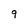
Character: 9